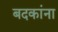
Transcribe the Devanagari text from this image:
बदकांना